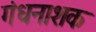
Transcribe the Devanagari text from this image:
गंधनाशक